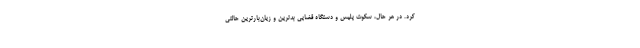
کرد. در هر حال، سکوت پلیس و دستگاه قضایی بدترین و زیان‌بارترین حالتی